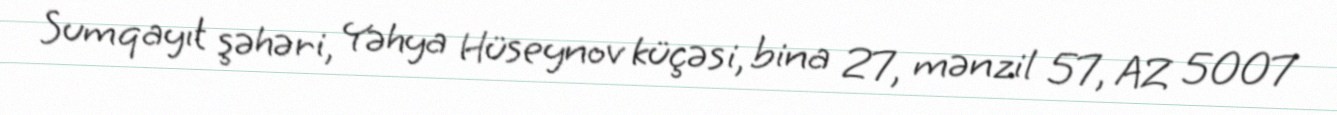
Sumqayıt şəhəri, Yəhya Hüseynov küçəsi, bina 27, mənzil 57, AZ 5007